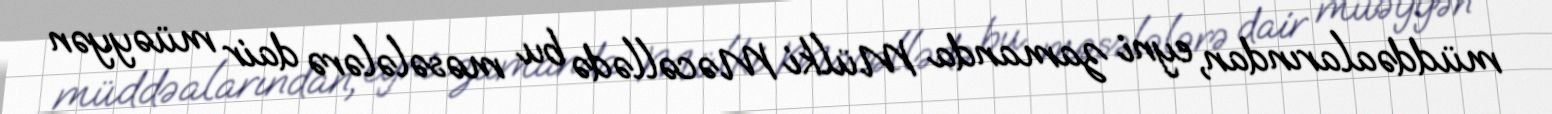
müddəalarından, eyni zamanda Mülki Məcəllədə bu məsələlərə dair müəyyən